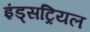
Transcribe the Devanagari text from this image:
इंड्सट्रियल